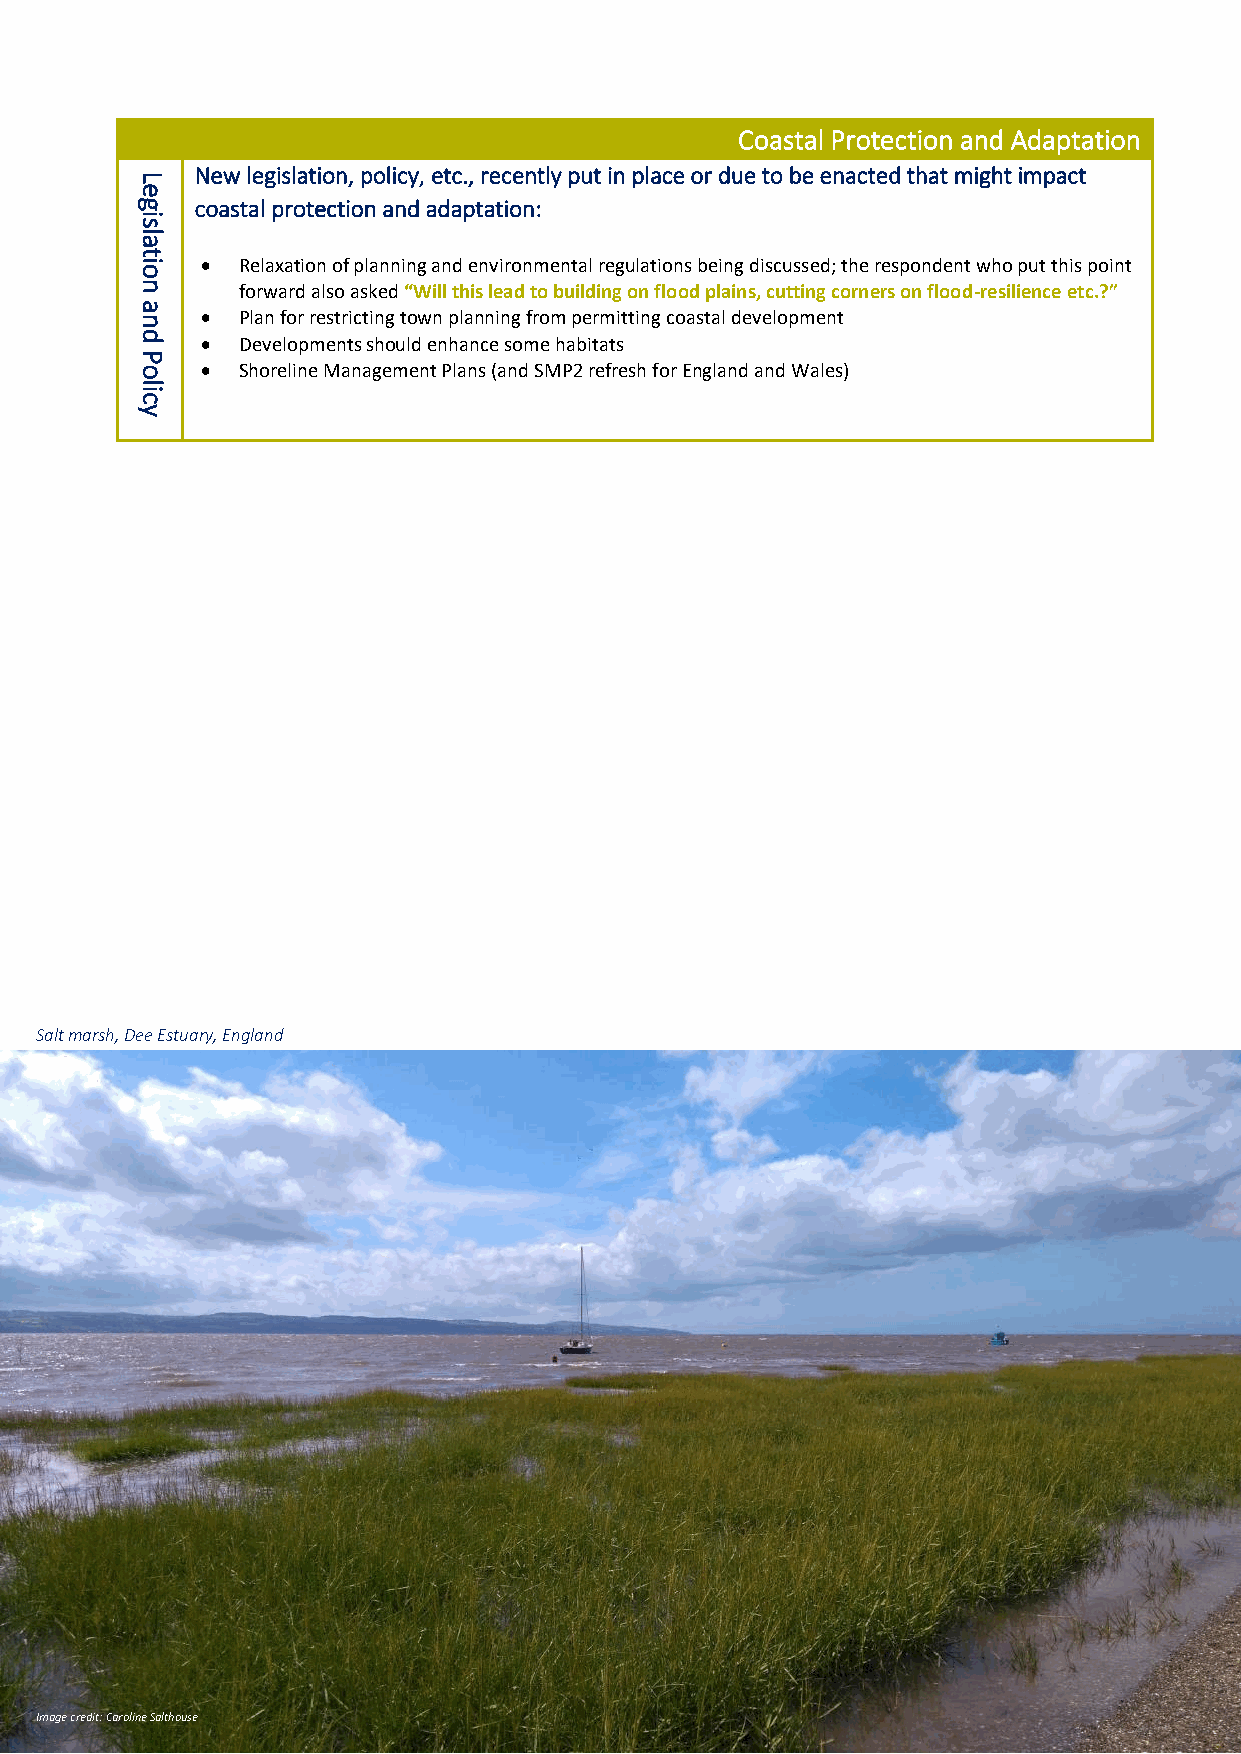
Coastal Protection and Adaptation
 New legislation, policy, etc., recently put in place or due to be enacted that might impact
 L
 e
 g   coastal protection and adaptation:
 i
 s
 la
 t
 io  •  Relaxation of planning and environmental regulations being discussed; the respondent who put this point
 n      forward also asked “Will this lead to building on flood plains, cutting corners on flood-resilience etc.?”
 a
 n   •  Plan for restricting town planning from permitting coastal development
 d   •  Developments should enhance some habitats
 P
 o   •  Shoreline Management Plans (and SMP2 refresh for England and Wales)
 lic
 y
 Salt marsh, Dee Estuary, England
 Image credit: Caroline Salthouse